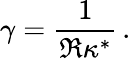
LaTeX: \gamma=\frac{1}{\Re\kappa^{*}}\, .